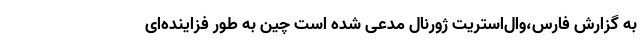
به گزارش فارس،وال‌استریت ژورنال مدعی شده است چین به طور فزاینده‌ای